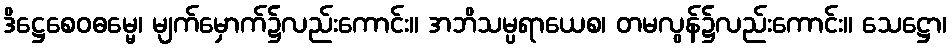
ဒိဋ္ဌေစေဝဓမ္မေ၊ မျက်မှောက်၌လည်းကောင်း။ အဘိသမ္ပရာယေစ၊ တမလွန်၌လည်းကောင်း။ သေဋ္ဌော၊